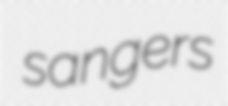
sangers